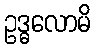
ဥဒ္ဓလောမိ